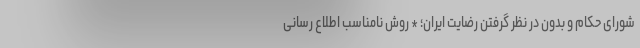
شورای حکام و بدون در نظر گرفتن رضایت ایران؛ * روش نامناسب اطلاع رسانی